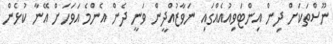
ނޫސްތަކަށް ދިން އިންޓަވިއުއެއްގައި ނަވާޒުއްދީން ވަނީ ދެން އެންމެ އަވަހަށް އޭނާ ކުޅެން